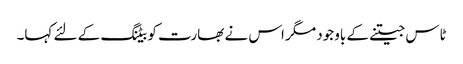
ٹاس جیتنے کے باوجود مگر اس نے بھارت کو بیٹنگ کے لئے کہا۔